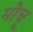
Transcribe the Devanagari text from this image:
मोचू